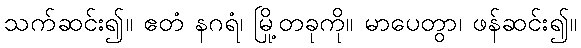
သက်ဆင်း၍။ ဧတံ နဂရံ၊ မြို့တခုကို။ မာပေတွာ၊ ဖန်ဆင်း၍။